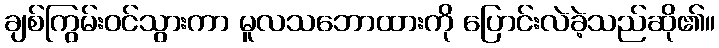
ချစ်ကြွမ်းဝင်သွားကာ မူလသဘောထားကို ပြောင်းလဲခဲ့သည်ဆို၏။